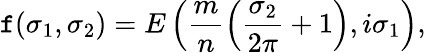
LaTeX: \mathtt{f}(\sigma_{1},\sigma_{2})=E\left(\frac{{m}}{{n}}\left(\frac{{\sigma_{2}}}{{2\pi}}+1\right),i\sigma_{1}\right),